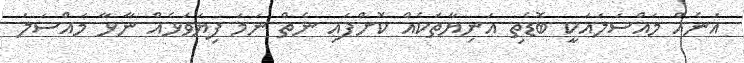
އަނެއް މައްސަލައަކީ ބޮޑެތި އަނިޔާތަކެއް ކޮށްފައި ނެތް ނަމަ ފިޔަވަޅެއް ނާޅާ މައްސަލަ